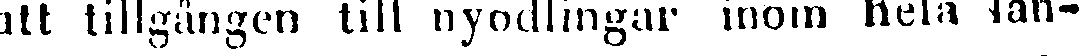
att tillgången till nyodlingar inom hela lan-